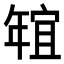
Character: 𱚑